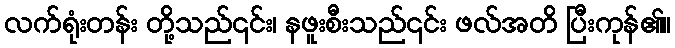
လက်ရုံးတန်း တို့သည်၎င်း၊ နဖူးစီးသည်၎င်း ဖလ်အတိ ပြီးကုန်၏။